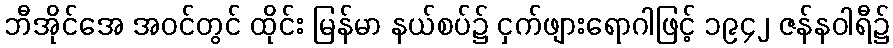
ဘီအိုင်အေ အဝင်တွင် ထိုင်း မြန်မာ နယ်စပ်၌ ငှက်ဖျားရောဂါဖြင့် ၁၉၄၂ ဇန်နဝါရီ၌